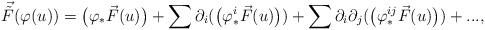
\begin{align*}\vec {\tilde F} (\varphi(u)) = \big( \varphi_* \vec F(u) \big) + \sum \partial_i (\big( \varphi^i_* \vec F(u) \big) ) + \sum \partial_i\partial_j (\big( \varphi^{ij}_* \vec F(u) \big) )+...,\end{align*}